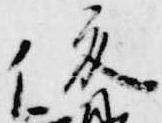
俊